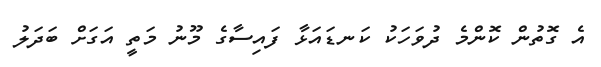
އެ ގޮތުން ކޮންމެ ދުވަހަކު ކަނޑައަޅާ ފައިސާގެ މޫނު މަތީ އަގަށް ބަދަލު